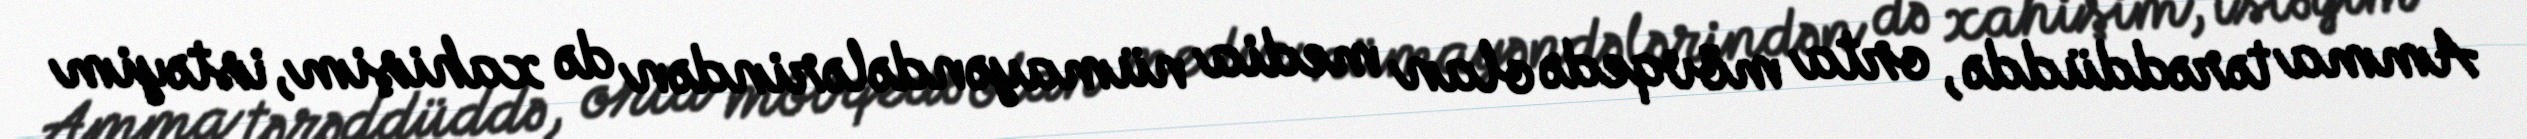
Amma tərəddüddə, orta mövqedə olan media nümayəndələrindən də xahişim, istəyim